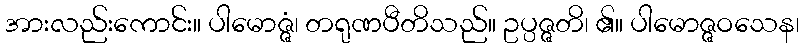
အားလည်းကောင်း။ ပါမောဇ္ဇံ၊ တရုဏပီတိသည်။ ဥပ္ပဇ္ဇတိ၊ ၏။ ပါမောဇ္ဇဝသေန၊